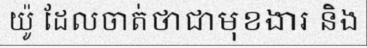
យ៉ូ ដែលចាត់ថាជាមុខងារ និង